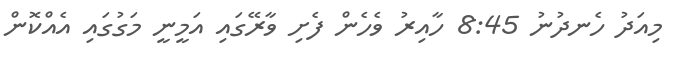
މިއަދު ހެނދުނު 8:45 ހާއިރު ވެހެން ފެށި ވާރޭގައި އަމީނީ މަގުގައި އެއްކޮން